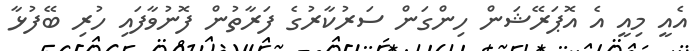
އެއީ މިއީ އެ އޮޕަރޭޝަން ހިންގަން ސަރުކާރުގެ ފަރާތުން ފޮނުވާފައި ހުރި ބޭފުޅާ